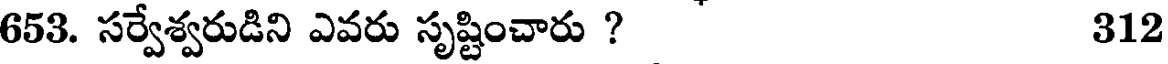
653. సర్వేశ్వరుడిని ఎవరు సృష్టించారు ? 312